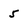
Character: 5